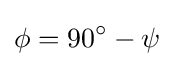
\phi =90{}^{\circ }-\psi